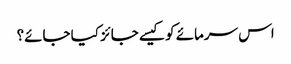
اس سرمائے کو کیسے جائز کیا جائے؟